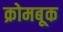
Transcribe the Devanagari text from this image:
क्रोमबूक